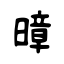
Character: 暲